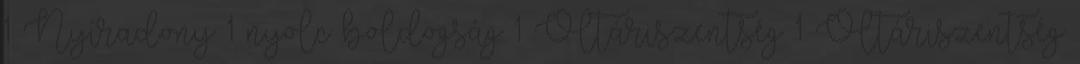
1 Nyíradony 1 nyolc boldogság 1 Oltáriszentség 1 Oltáriszentség